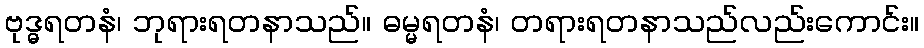
ဗုဒ္ဓရတနံ၊ ဘုရားရတနာသည်။ ဓမ္မရတနံ၊ တရားရတနာသည်လည်းကောင်း။